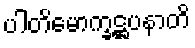
ပါတိမောက္ခဋ္ဌပနာတိ